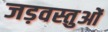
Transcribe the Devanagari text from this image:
जड़वस्तुओं